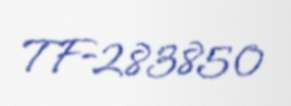
TF-283850